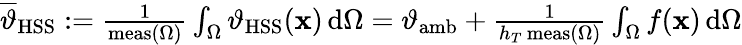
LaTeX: \begin{array}{r}{\overline{{\vartheta}}_{\mathrm{HSS}}:=\frac{1}{\mathrm{meas}(\Omega)}\int_{\Omega}\vartheta_{\mathrm{HSS}}(\mathbf{x})\, \mathrm{d}\Omega=\vartheta_{\mathrm{amb}}+\frac{1}{h_{T}\, \mathrm{meas}(\Omega)}\int_{\Omega}f(\mathbf{x})\, \mathrm{d}\Omega}\end{array}